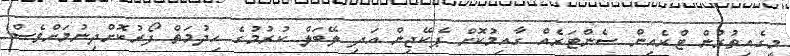
މީގެއިތުރުން ޓްރެއިން ސެންޓަރެއް ގާއިމުކޮށް ޕެކޭޖިން އަދި ލޭބަލް ކުރުމުގެ ހިދުމަތް ފޯރުކޮށްދިނުމަށްވެސް